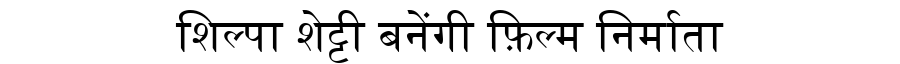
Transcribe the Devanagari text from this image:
शिल्पा शेट्टी बनेंगी फ़िल्म निर्माता